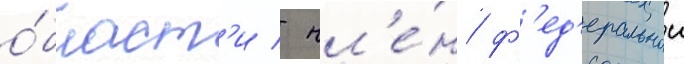
о́бласт'и / чл'е́н ф'ед'еральнои